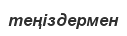
теңіздермен